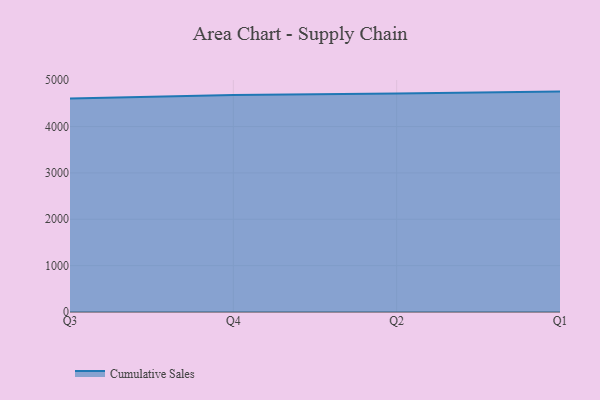
{"axis": {"x": "Quarter", "y": "Page Views"}, "legend": ["Cumulative Sales"], "data": [{"x": "Q3", "y": 4603.9, "type": "Cumulative Sales"}, {"x": "Q4", "y": 4681.6, "type": "Cumulative Sales"}, {"x": "Q2", "y": 4711.0, "type": "Cumulative Sales"}, {"x": "Q1", "y": 4754.0, "type": "Cumulative Sales"}]}